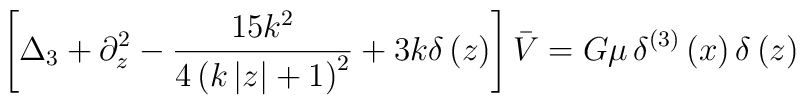
\left[ \Delta_3  +\partial_z ^2 - \frac{15k^2}{4\left(      k\left| z\right| +1\right)^2 } +3k\delta\left(      z\right)\right] \bar{V} = G\mu\, \delta^{(3)}\left( x\right)\delta\left(z\right)